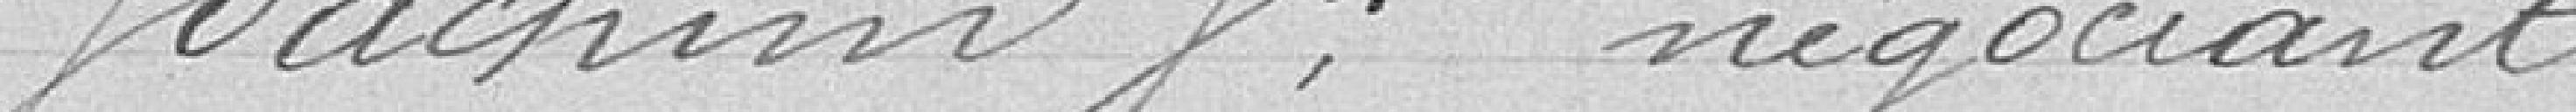
Joachim Jh, négociant